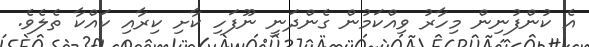
އެ ކުންފުނިން މިހާރު ވިއްކަމުން ގެންދަނީ ނޫފަހި ކާށި ކިރާއި ކައްކާ ތެލެވެ.